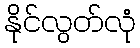
နိုင်လွတ်လုံ